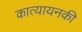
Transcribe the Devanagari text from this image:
कात्यायनकी